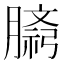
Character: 𫆷